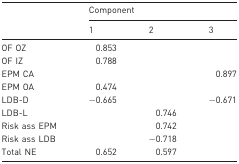
|  | <COLSPAN=3> Component |
 |  | 1 | 2 | 3 |
 | --- | --- | --- | --- |
 | OF OZ | 0.853 |  |  |
 | OF IZ | 0.788 |  |  |
 | EPM CA |  |  | 0.897 |
 | EPM OA | 0.474 |  |  |
 | LDB-D | −0.665 |  | −0.671 |
 | LDB-L |  | 0.746 |  |
 | Risk ass EPM |  | 0.742 |  |
 | Risk ass LDB |  | −0.718 |  |
 | Total NE | 0.652 | 0.597 |  |